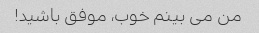
من می بینم خوب، موفق باشید!